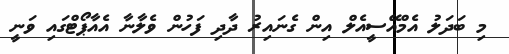
މި ބަދަލު އެމްއޭސީއެލް އިން ގެނައިރު ދާދި ފަހުން ވެލާނާ އެއާޕޯޓްގައި ވަނީ